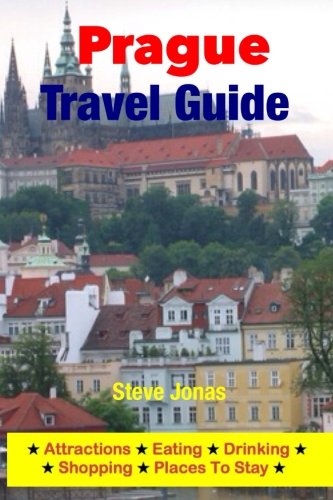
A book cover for Prague Travel Guide - Attractions, Eating, Drinking, Shopping & Places To Stay; Steve Jonas; Travel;